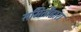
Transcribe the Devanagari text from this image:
समितीद्वारा